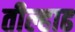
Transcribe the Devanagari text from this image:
तील्हाढ